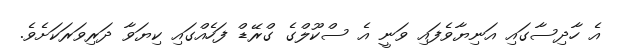
އެ ހާދިސާގައި އަނިޔާވެފައި ވަނީ އެ ސްކޫލްގެ ގްރޭޑް ފަހެއްގައި ކިޔަވާ ދަރިވަރަކަށެވެ.